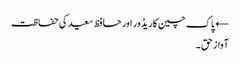
← پاک چین کاریڈور اور حافظ سعید کی حفاظت
آواز حق ۔